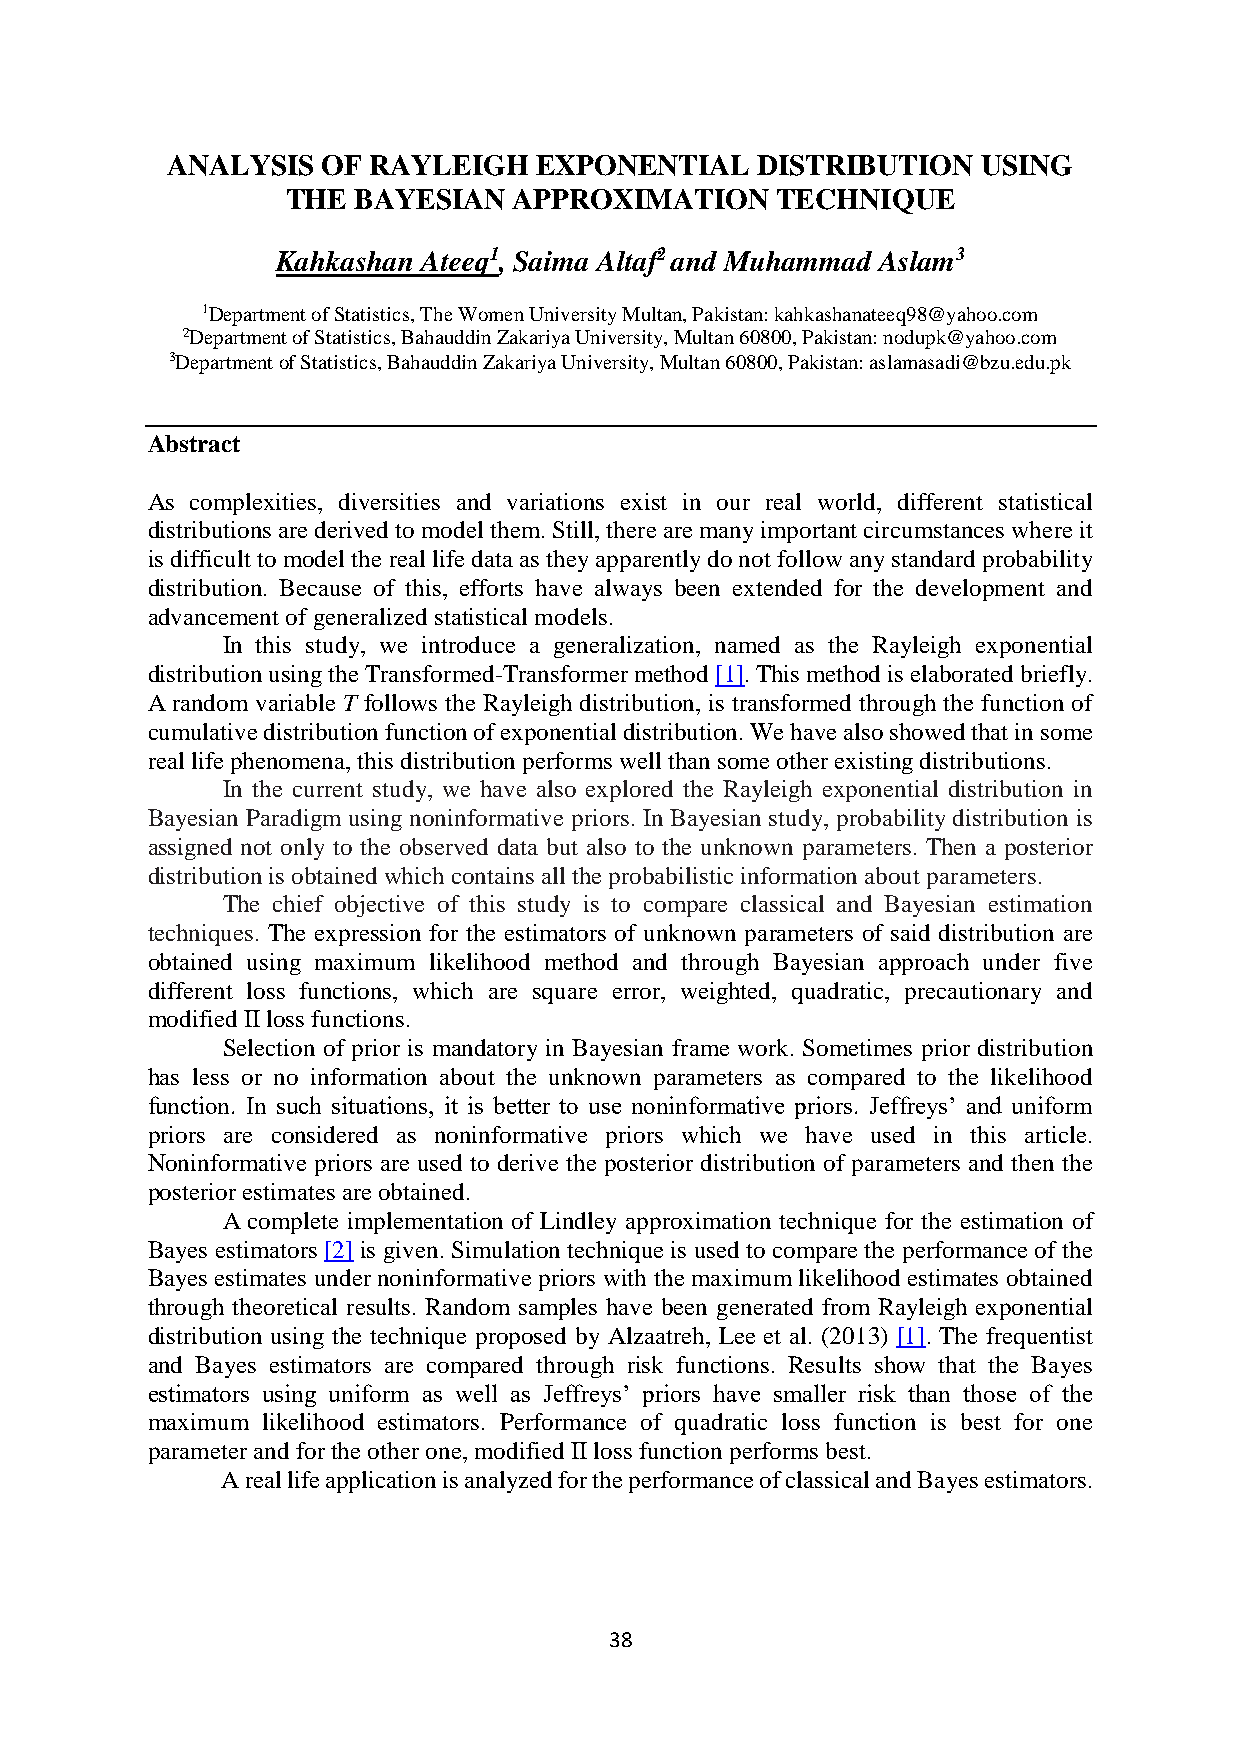
ANALYSIS  OF RAYLEIGH    EXPONENTIAL   DISTRIBUTION   USING
 THE BAYESIAN   APPROXIMATION    TECHNIQUE
 Kahkashan Ateeq1, Saima Altaf2 and Muhammad Aslam3
 1Department of Statistics, The Women University Multan, Pakistan: kahkashanateeq98@yahoo.com
 2Department of Statistics, Bahauddin Zakariya University, Multan 60800, Pakistan: nodupk@yahoo.com
 3Department of Statistics, Bahauddin Zakariya University, Multan 60800, Pakistan: aslamasadi@bzu.edu.pk
 Abstract
 As complexities, diversities and variations exist in our real world, different statistical
 distributions are derived to model them. Still, there are many important circumstances where it
 is difficult to model the real life data as they apparently do not follow any standard probability
 distribution. Because of this, efforts have always been extended for the development and
 advancement of generalized statistical models.
 In this study, we introduce a generalization, named as the Rayleigh exponential
 distribution using the Transformed-Transformer method [1]. This method is elaborated briefly.
 A random variable T follows the Rayleigh distribution, is transformed through the function of
 cumulative distribution function of exponential distribution. We have also showed that in some
 real life phenomena, this distribution performs well than some other existing distributions.
 In the current study, we have also explored the Rayleigh exponential distribution in
 Bayesian Paradigm using noninformative priors. In Bayesian study, probability distribution is
 assigned not only to the observed data but also to the unknown parameters. Then a posterior
 distribution is obtained which contains all the probabilistic information about parameters.
 The chief objective of this study is to compare classical and Bayesian estimation
 techniques. The expression for the estimators of unknown parameters of said distribution are
 obtained using maximum likelihood method and through Bayesian approach under five
 different loss functions, which are square error, weighted, quadratic, precautionary and
 modified II loss functions.
 Selection of prior is mandatory in Bayesian frame work. Sometimes prior distribution
 has less or no information about the unknown parameters as compared to the likelihood
 function. In such situations, it is better to use noninformative priors. Jeffreys’ and uniform
 priors are considered as noninformative priors which we have used in this article.
 Noninformative priors are used to derive the posterior distribution of parameters and then the
 posterior estimates are obtained.
 A complete implementation of Lindley approximation technique for the estimation of
 Bayes estimators [2] is given. Simulation technique is used to compare the performance of the
 Bayes estimates under noninformative priors with the maximum likelihood estimates obtained
 through theoretical results. Random samples have been generated from Rayleigh exponential
 distribution using the technique proposed by Alzaatreh, Lee et al. (2013) [1]. The frequentist
 and Bayes estimators are compared through risk functions. Results show that the Bayes
 estimators using uniform as well as Jeffreys’ priors have smaller risk than those of the
 maximum likelihood estimators. Performance of quadratic loss function is best for one
 parameter and for the other one, modified II loss function performs best.
 A real life application is analyzed for the performance of classical and Bayes estimators.
 38